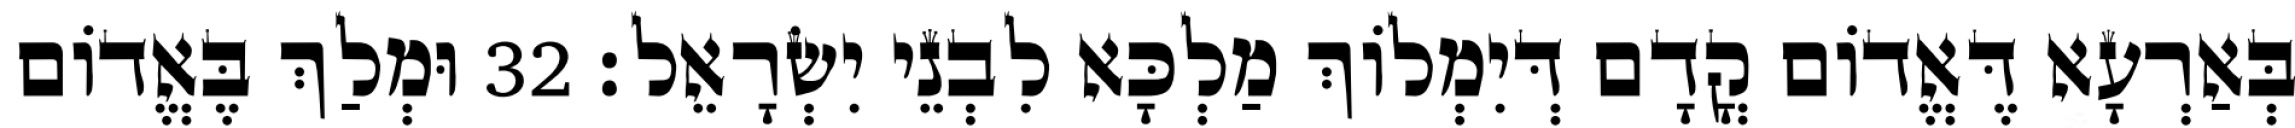
בְּאַרְעָא דֶּאֱדוֹם קֳדָם דְּיִמְלוֹךְ מַלְכָּא לִבְנֵי יִשְׂרָאֵל׃ 32 וּמְלַךְ בֶּאֱדוֹם